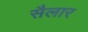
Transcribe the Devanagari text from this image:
सैलार